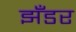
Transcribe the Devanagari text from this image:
झँडर